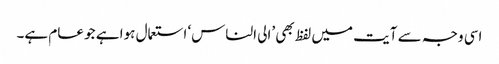
اسی وجہ سے آیت میں لفظ بھی ’الی الناس‘ استعمال ہوا ہے جو عام ہے۔